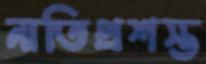
নাতিপ্রশস্ত